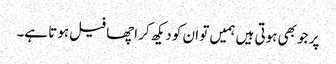
پر جو بھی ہوتی ہیں ہمیں تو ان کو دیکھ کر اچھا فیل ہوتا ہے۔